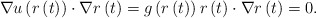
\begin{align*}\nabla u\left( r\left( t\right) \right) \cdot\nabla r\left( t\right)=g\left( r\left( t\right) \right) r\left( t\right) \cdot\nabla r\left(t\right) =0.\end{align*}